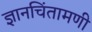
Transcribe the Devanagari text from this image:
ज्ञानचिंतामणी